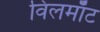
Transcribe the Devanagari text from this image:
विलमाँट